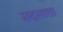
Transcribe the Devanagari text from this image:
सदस्यता